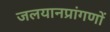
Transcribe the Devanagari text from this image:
जलयानप्रांगणों